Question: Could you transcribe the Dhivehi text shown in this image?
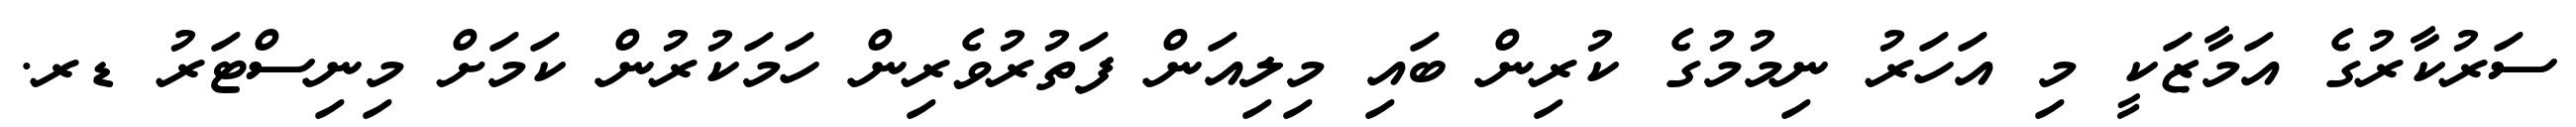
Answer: ސަރުކާރުގެ އަމާޒަކީ މި އަހަރު ނިމުމުގެ ކުރިން ބައި މިލިއަން ފަތުރުވެރިން ހަމަކުރުން ކަމަށް މިނިސްޓަރު ޑރ.